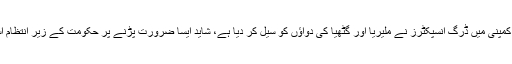
یہ بھی اطلاعات ہیں کہ ایک فارما سیوٹیکل کمپنی میں ڈرگ انسپکٹرز نے ملیریا اور گٹھیا کی دواؤں کو سیل کر دیا ہے، شاید ایسا ضرورت پڑنے پر حکومت کے زیر انتظام اسے استعمال میں لانے کے لیے کیا گیا ہے۔